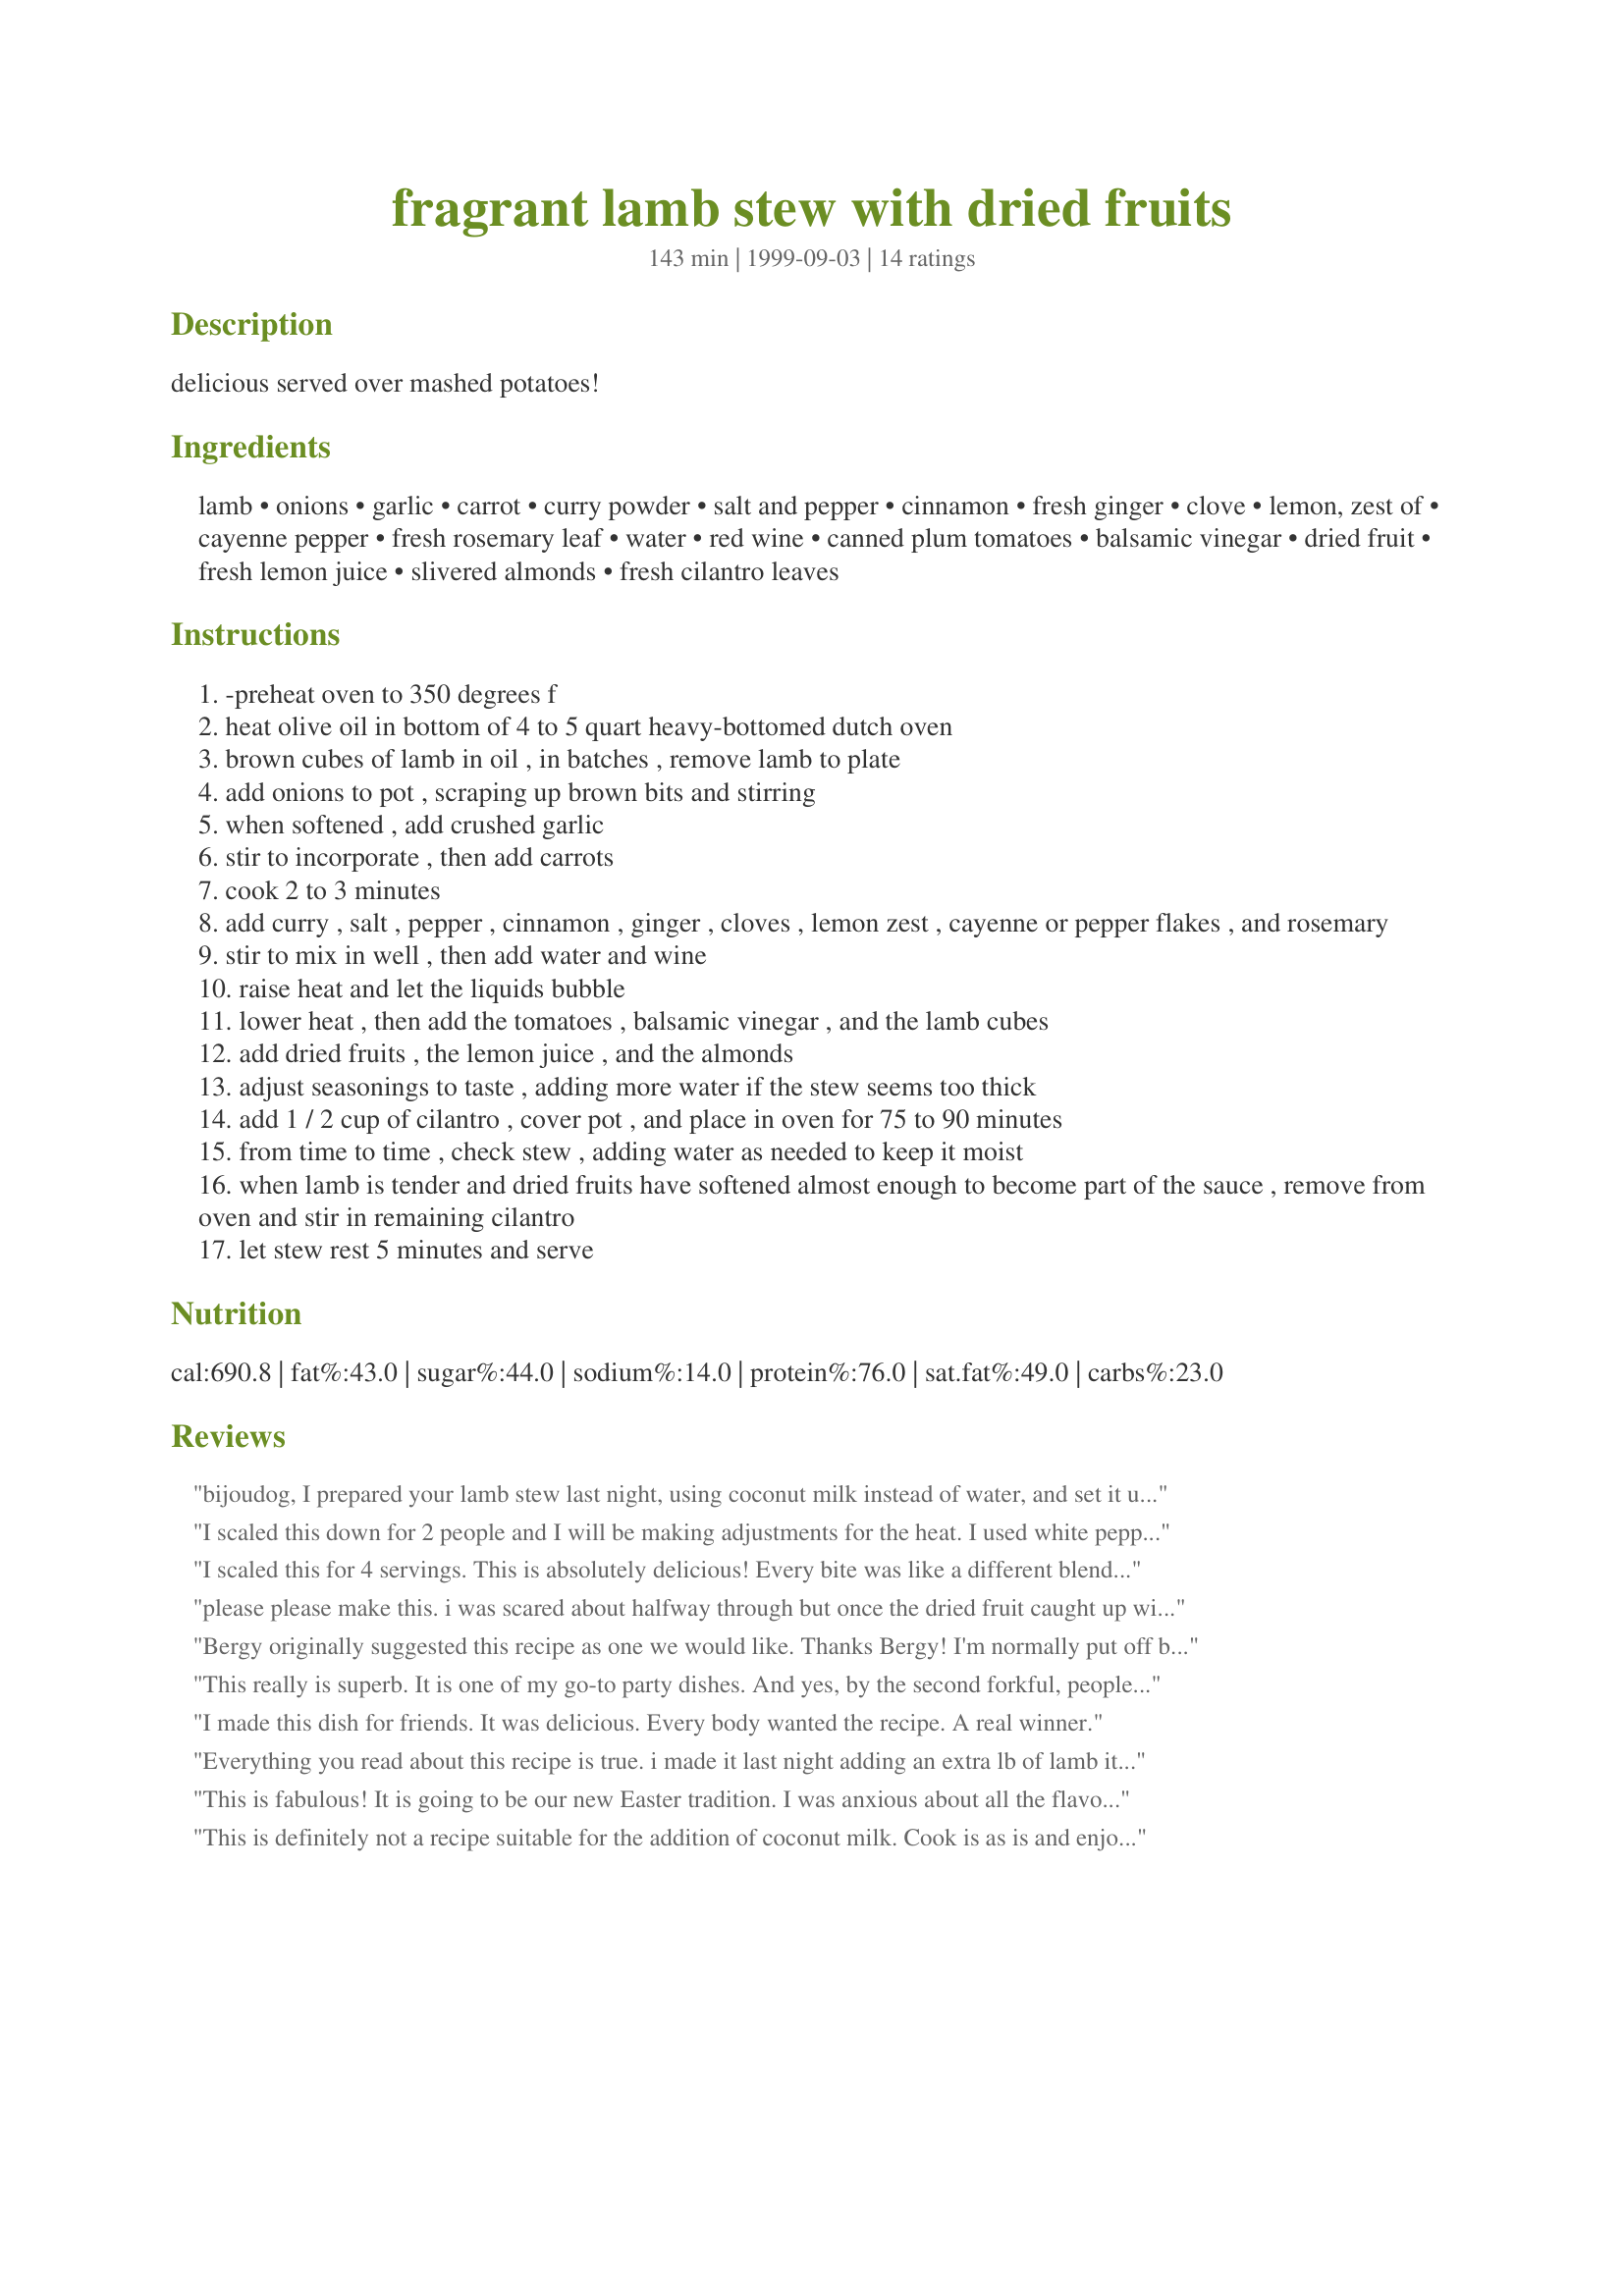
fragrant lamb stew with dried fruits
Preparation time: 143 minutes

delicious served over mashed potatoes!

Ingredients:
lamb, onions, garlic, carrot, curry powder, salt and pepper, cinnamon, fresh ginger, clove, lemon, zest of, cayenne pepper, fresh rosemary leaf, water, red wine, canned plum tomatoes, balsamic vinegar, dried fruit, fresh lemon juice, slivered almonds, fresh cilantro leaves

Steps:
-preheat oven to 350 degrees f
heat olive oil in bottom of 4 to 5 quart heavy-bottomed dutch oven
brown cubes of lamb in oil , in batches , remove lamb to plate
add onions to pot , scraping up brown bits and stirring
when softened , add crushed garlic
stir to incorporate , then add carrots
cook 2 to 3 minutes
add curry , salt , pepper , cinnamon , ginger , cloves , lemon zest , cayenne or pepper flakes , and rosemary
stir to mix in well , then add water and wine
raise heat and let the liquids bubble
lower heat , then add the tomatoes , balsamic vinegar , and the lamb cubes
add dried fruits , the lemon juice , and the almonds
adjust seasonings to taste , adding more water if the stew seems too thick
add 1 / 2 cup of cilantro , cover pot , and place in oven for 75 to 90 minutes
from time to time , check stew , adding water as needed to keep it moist
when lamb is tender and dried fruits have softened almost enough to become part of the sauce , remove from oven and stir in remaining cilantro
let stew rest 5 minutes and serve

Reviews:
bijoudog, I prepared your lamb stew last night, using coconut milk instead of water, and set it up to cook slowly all day today. While the meat was tender, I'm sorry to say I didn't enjoy the flavor of the sauce as much as I'd anticipated. I usually enjoy savory dishes that call for fruits, and I especially love curries, but I guess it wasn't meant to be for me and this dish. Thanks for posting nevertheless! (I'm not rating this dish because my adaptations might be what made a less tasty result for us.)
I scaled this down for 2 people and I will be making adjustments for the heat. I used white pepper instead of black pepper and that may have led to the heat. Cutting a tad on the ginger, curry and cayenne will improve for my household&#039;s taste, we are more accustomed to more subtle dishes with a med twist. &lt;br/&gt;&lt;br/&gt;Fruits were raisins, apricots (which I normally cannot take) and prunes. They added a lovely sweetness that lingered over the heat that is on the backside of the bite. I avoided the nuts entirely but will possibly pine nuts in the future since almonds are a hazard. &lt;br/&gt;&lt;br/&gt;For a first time Moroccan dish..fantabulous!
I scaled this for 4 servings. This is absolutely delicious! Every bite was like a different blend of flavours. Loved the addition of the nuts and fruits. (I used apricots, raisins and prunes)This will be a favourite. Thanks for posting. =)
please please make this. i was scared about halfway through but once the dried fruit caught up with the rest of the flavors it was AWSOME.
Bergy originally suggested this recipe as one we would like. Thanks Bergy! I'm normally put off by so many ingredients, but it was really easy to assemble (and that didn't take nearly as long as bijoudog suggested). Our cilantro was a bit sad, so I used a combo of mint and parsley instead, and didn't put the carrots in it. I made this with prunes, apricots, and a few pieces of crystalised ginger for the fruit.
We had this over couscous with currants onions, and preserved lemon.
This really is superb. It is one of my go-to party dishes. And yes, by the second forkful, people start asking for the recipe. I have made it many times, It works perfectly as a braise in the oven, or in a slow cooker as well a stove top stew. No lamb? No problem. It is delicious with beef, chicken or venison. I replace the lemon zest with a quarter of a preserved lemon (Recipe #295914) minced as fine as possible. If you do, remember to adjust the salt. Also, I double the dried fruit, and use as many kinds as I have: apricots, cherries, raisins, prunes, cranberries - you name it. You'll want plenty of couscous, rice or noodles alongside to soak up the wonderful juices. Add a green salad, and dinner is ready.
I made this dish for friends. It was delicious. Every body wanted the recipe. A real winner.
Everything you read about this recipe is true. i made it last night adding an extra lb of lamb it was marvelous! We paired it with couscous and butternut squash. Better than any restaurant. oh, and the aroma!!! YUMMM-O!
This is fabulous! It is going to be our new Easter tradition. I was anxious about all the flavors, from sweet to spicy, very unusual mix, but it is absolutely outstanding. I made a few changes. I marinated the meat for about 30 minutes in the vinegar, lemon juice, olive oil and spices. That way, all the flavor blended in with the meat when I browned it. And I did not include the cilantro as my family finds that to be an unpleasant herb. Try it, be adventurous!
This is definitely not a recipe suitable for the addition of coconut milk. Cook is as is and enjoy it. I did and my guests enjoyed it immensely
5 stars This was a hit with all the people I asked to be guinea pigs.
The recipe is fabulous. . .
preparation take almost as much time as cooking. . .especially if you spend lots of time trimming the leg of lamb. . .but it was worthwhile and definitely a keeper. I used only craisons and apricots, and everything fresh. . .ginger, etc. The stew was, truly a fragrant combination of all great things.
Wow, I happend to have all ingredients but dried fruits. Picked raisins from my husband&#039;s musli and added dried blueberries and South African fruity chutney. Good, so good. Served with rice and as suggested mashed potatoes. Both good.
I sell lots of dried fruits. Finally a recipe I can use them in. I added coconut milk to this recipe to make a good thing even better. 

http://www.intlfoodsource.com
This recipe is heavenly! We all enjoyed it and my guests would not leave if I didn't share the recipe with them. Thankyou for a recipe I will.enjoy many times over.
